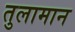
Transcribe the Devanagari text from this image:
तुलामान